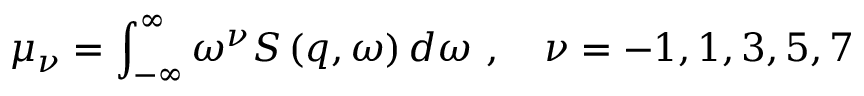
\mu _ { \nu } = \int _ { - \infty } ^ { \infty } \omega ^ { \nu } S \left( q , \omega \right) d \omega \ , \quad \nu = - 1 , 1 , 3 , 5 , 7